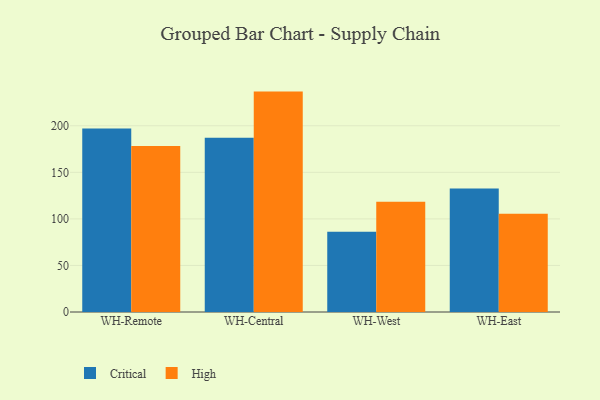
{"axis": {"x": "Warehouse", "y": "Waste Production (Tons)"}, "legend": ["Critical", "High"], "data": [{"x": "WH-Remote", "y": 197.0, "type": "Critical"}, {"x": "WH-Remote", "y": 178.3, "type": "High"}, {"x": "WH-Central", "y": 187.1, "type": "Critical"}, {"x": "WH-Central", "y": 236.7, "type": "High"}, {"x": "WH-West", "y": 86.1, "type": "Critical"}, {"x": "WH-West", "y": 118.5, "type": "High"}, {"x": "WH-East", "y": 132.5, "type": "Critical"}, {"x": "WH-East", "y": 105.5, "type": "High"}]}